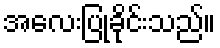
အလေးပြုခိုင်းသည်။